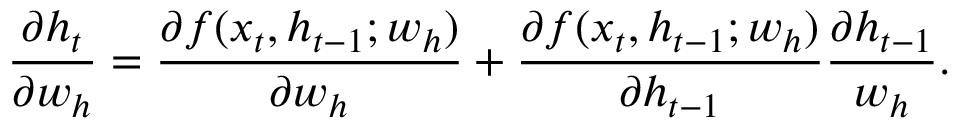
\frac { \partial h _ { t } } { \partial w _ { h } } = \frac { \partial f ( x _ { t } , h _ { t - 1 } ; w _ { h } ) } { \partial w _ { h } } + \frac { \partial f ( x _ { t } , h _ { t - 1 } ; w _ { h } ) } { \partial h _ { t - 1 } } \frac { \partial h _ { t - 1 } } { w _ { h } } .